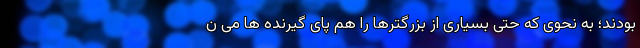
بودند؛ به نحوی که حتی بسیاری از بزرگترها را هم پای گیرنده ها می ن